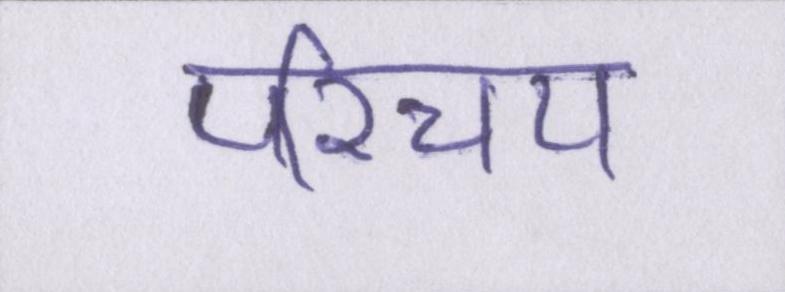
परिचय